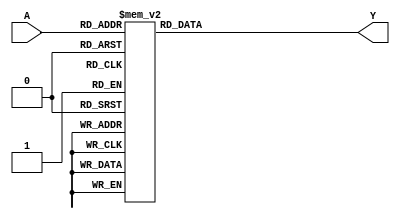
module combinational_logic (
    input [3:0] A,    // 4-bit input
    output reg [1:0] Y // 2-bit output
);

// Combinational logic block that describes functionality
always @(*) begin
    case (A)
        4'b0000: Y = 2'b00;  // example output for input 0000
        4'b0001: Y = 2'b01;  // example output for input 0001
        4'b0010: Y = 2'b10;  // example output for input 0010
        4'b0011: Y = 2'b11;  // example output for input 0011
        4'b0100: Y = 2'b00;  // example output for input 0100
        4'b0101: Y = 2'b11;  // example output for input 0101
        4'b0110: Y = 2'bxx;  // Don't Care condition
        4'b0111: Y = 2'bxx;  // Don't Care condition
        4'b1000: Y = 2'b01;  // example output for input 1000
        4'b1001: Y = 2'b10;  // example output for input 1001
        4'b1010: Y = 2'b11;  // example output for input 1010
        4'b1011: Y = 2'b00;  // example output for input 1011
        4'b1100: Y = 2'b01;  // example output for input 1100
        4'b1101: Y = 2'b10;  // example output for input 1101
        4'b1110: Y = 2'b11;  // example output for input 1110
        4'b1111: Y = 2'b00;  // example output for input 1111
        default: Y = 2'bxx;  // Default output for unspecified conditions
    endcase
end

endmodule